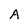
Character: A